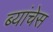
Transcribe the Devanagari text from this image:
ब्यांचेस